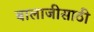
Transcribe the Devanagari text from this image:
बालाजीसाठी